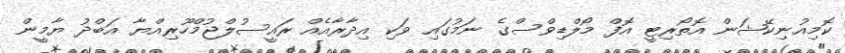
ކޮމިއުނިކޭޝަން އޮތޯރިޓީ އޮފް މޯލްޑިވްސްގެ ނަމުގައި ވަކި އިދާރާއެއް ރައީސުލްޖުމްހޫރިއްޔާ އަބްދު ޔާމީން